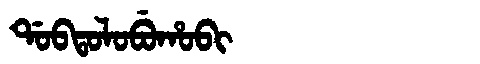
Manchu: ᡩᠣᠪᡨᠣᠯᠣᠪᡠᡥᠣᠪᡳ
Romanization: DOBTOLOBUHOBI